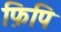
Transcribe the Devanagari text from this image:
फ़िपि